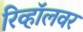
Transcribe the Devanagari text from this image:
रिव्हॉलवर